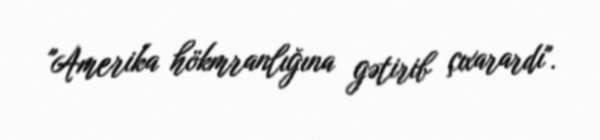
"Amerika hökmranlığına gətirib çıxarardı".